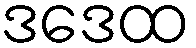
ဒဒေထ